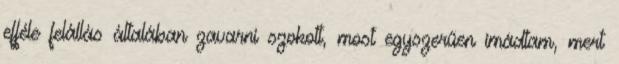
efféle felállás általában zavarni szokott, most egyszerűen imádtam, mert